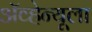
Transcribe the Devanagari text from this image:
ॲव्हेन्यूला